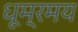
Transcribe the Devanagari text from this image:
धूम्रमय